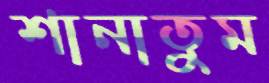
শানাতুম